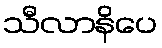
သီလာနိပေ